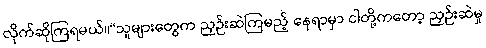
လိုက်ဆိုကြရမယ်။“သူများတွေက ညှဉ်းဆဲကြမည့် နေရာမှာ ငါတို့ကတော့ ညှဉ်းဆဲမှု